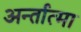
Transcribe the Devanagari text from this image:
अर्न्तात्मा